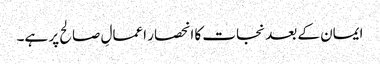
ایمان کے بعد نجات کا انحصار اعمالِ صالح پر ہے۔